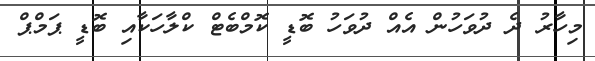
މިހާރު ދެ ދުވަހުން އެއް ދުވަހު ބޮޑީ ކޮމްބެޓް ކްލާހަކާއި ބޮޑީ ޕަމްޕް